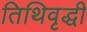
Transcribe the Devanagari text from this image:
तिथिवृद्धी